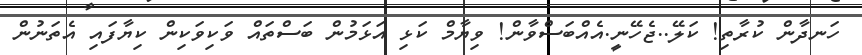
ހަނދާން ކުރާތި! ކަލޭ..ޖެހޭނީ.އެއްބަސްވާން! ވިޔާމް ކަޅި އަޅަމުން ބަސްތައް ވަކިވަކިން ކިޔާފައި އެތަނުން